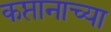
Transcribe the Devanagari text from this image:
कप्तानाच्या